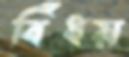
বিঁধয়